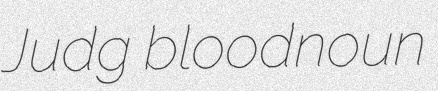
Judg bloodnoun